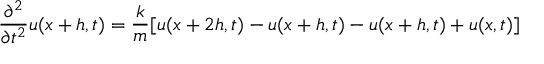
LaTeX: { \frac { \partial ^ { 2 } } { \partial t ^ { 2 } } } u ( x + h , t ) = { \frac { k } { m } } [ u ( x + 2 h , t ) - u ( x + h , t ) - u ( x + h , t ) + u ( x , t ) ]